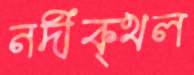
নদীক্থল